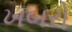
ખબરો